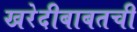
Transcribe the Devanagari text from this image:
खरेदीबाबतची